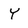
Character: Y